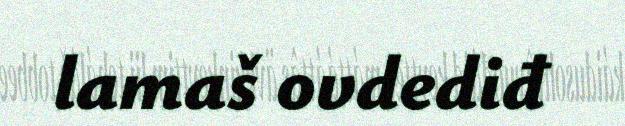
lamaš ovdediđ